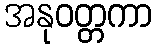
အနုဝတ္တကာ